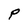
Character: P